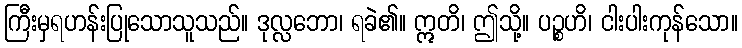
ကြီးမှရဟန်းပြုသောသူသည်။ ဒုလ္လဘော၊ ရခဲ၏။ ဣတိ၊ ဤသို့။ ပဉ္စဟိ၊ ငါးပါးကုန်သော။